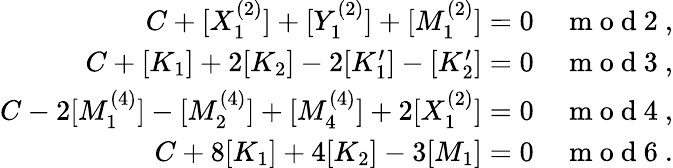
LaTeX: \begin{array}{r}{C+[X_{1}^{(2)}]+[Y_{1}^{(2)}]+[M_{1}^{(2)}]=0\quad\mathrm{~m~o~d~2~},}\\ {C+[K_{1}]+2[K_{2}]-2[K_{1}^{\prime}]-[K_{2}^{\prime}]=0\quad\mathrm{~m~o~d~3~},}\\ {C-2[M_{1}^{(4)}]-[M_{2}^{(4)}]+[M_{4}^{(4)}]+2[X_{1}^{(2)}]=0\quad\mathrm{~m~o~d~4~},}\\ {C+8[K_{1}]+4[K_{2}]-3[M_{1}]=0\quad\mathrm{~m~o~d~6~}.}\end{array}